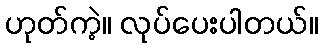
ဟုတ်ကဲ့။ လုပ်ပေးပါတယ်။